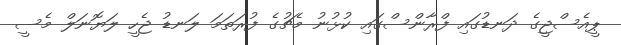
ޕީއެސްޖީގެ ދަނޑުގައި ފްރާންސްގައި ކުޅުނު މެޗުގެ ފުރަތަމަ ލަނޑު ޖެހީ ލަޔޮނަލް މެސީ